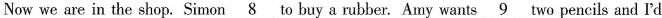
Now we are in the shop.Simon 8 to buy a rubber. Amy wants 9 two pencils and I'd